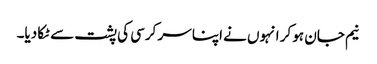
نیم جان ہو کر انہوں نے اپنا سر کرسی کی پشت سے ٹکا دیا۔